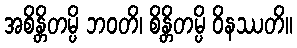
အစိန္တိတမ္ပိ ဘဝတိ၊ စိန္တိတမ္ပိ ဝိနဿတိ။